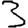
Digit: 3